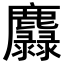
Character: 𪋵